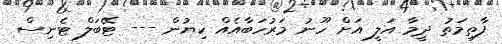
ފާތިމަތު ދީމާ އަލީ އަށް ހޫނު މަރުހަބާއެއް ކިޔުން --- ޓޭބަލް ޓެނިސް